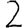
Digit: 2